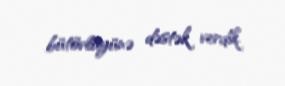
bütövlüyünə dəstək verdik.